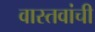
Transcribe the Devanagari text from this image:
वास्तवांची